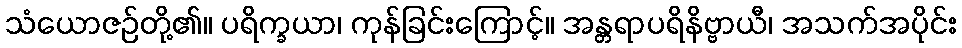
သံယောဇဉ်တို့၏။ ပရိက္ခယာ၊ ကုန်ခြင်းကြောင့်။ အန္တရာပရိနိဗ္ဗာယီ၊ အသက်အပိုင်း